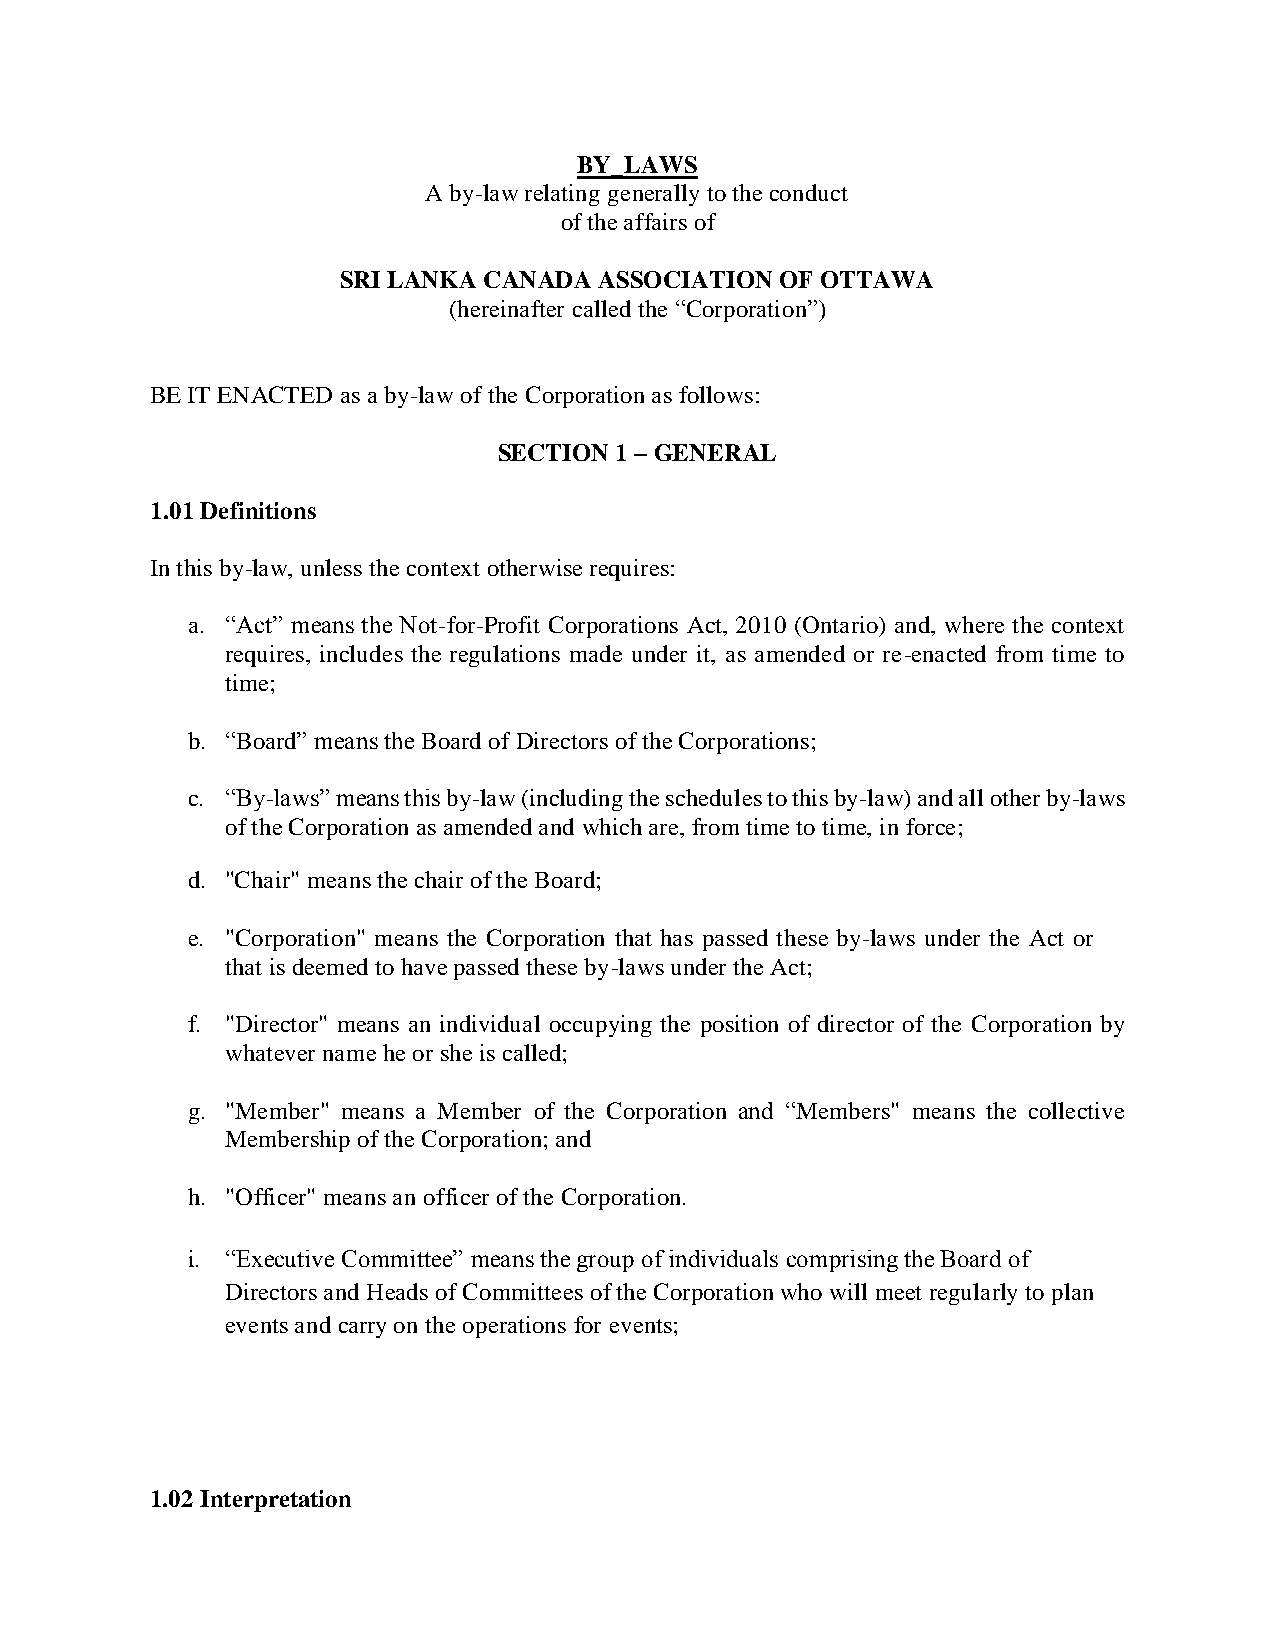
BY_LAWS
 A by-law relating generally to the conduct
 of the affairs of
 SRI LANKA CANADA ASSOCIATION OF OTTAWA
 (hereinafter called the “Corporation”)
 BE IT ENACTED as a by-law of the Corporation as follows:
 SECTION 1 – GENERAL
 1.01 Definitions
 In this by-law, unless the context otherwise requires:
 a. “Act” means the Not-for-Profit Corporations Act, 2010 (Ontario) and, where the context
 requires, includes the regulations made under it, as amended or re-enacted from time to
 time;
 b. “Board” means the Board of Directors of the Corporations;
 c. “By-laws” means this by-law (including the schedules to this by-law) and all other by-laws
 of the Corporation as amended and which are, from time to time, in force;
 d. "Chair" means the chair of the Board;
 e. "Corporation" means the Corporation that has passed these by-laws under the Act or
 that is deemed to have passed these by-laws under the Act;
 f. "Director" means an individual occupying the position of director of the Corporation by
 whatever name he or she is called;
 g. "Member" means a Member of the Corporation and “Members" means the collective
 Membership of the Corporation; and
 h. "Officer" means an officer of the Corporation.
 i. “Executive Committee” means the group of individuals comprising the Board of
 Directors and Heads of Committees of the Corporation who will meet regularly to plan
 events and carry on the operations for events;
 1.02 Interpretation